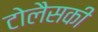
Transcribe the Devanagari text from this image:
टोलैसकी